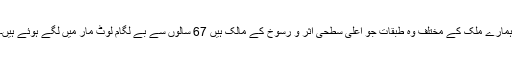
ہمارے ملک کے مختلف وہ طبقات جو اعلیٰ سطحی اثر و رسوخ کے مالک ہیں 67 سالوں سے بے لگام لوٹ مار میں لگے ہوئے ہیں۔